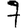
Digit: 7